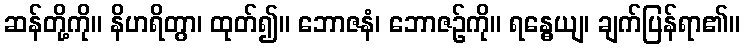
ဆန်တို့ကို။ နိဟရိတွာ၊ ထုတ်၍။ ဘောဇနံ၊ ဘောဇဉ်ကို။ ရန္ဓေယျ၊ ချက်ပြန်ရာ၏။